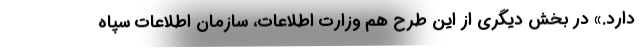
دارد.» در بخش دیگری از این طرح هم وزارت اطلاعات، سازمان اطلاعات سپاه